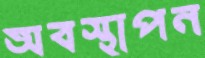
অবস্থাপন